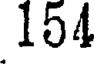
154